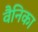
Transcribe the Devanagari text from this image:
वैनिका